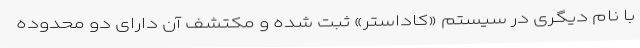
با نام دیگری در سیستم «کاداستر» ثبت شده و مکتشف آن دارای دو محدوده